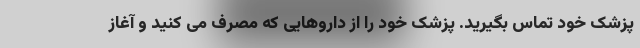
پزشک خود تماس بگیرید. پزشک خود را از داروهایی که مصرف می کنید و آغاز